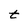
Character: t